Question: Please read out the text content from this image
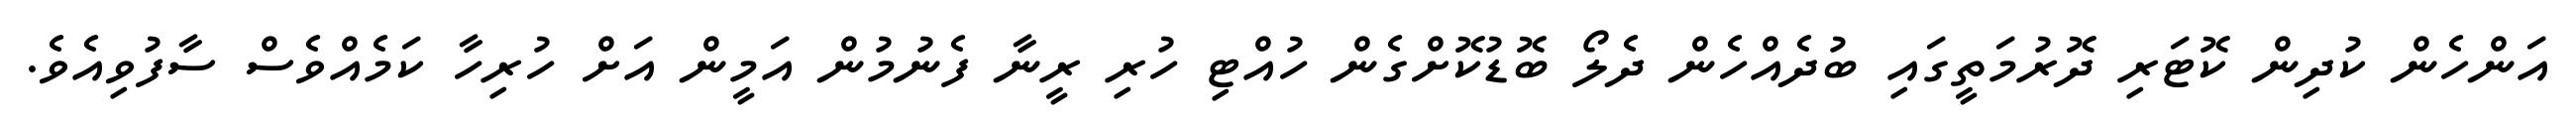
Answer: އަންހެން ކުދިން ކޮޓަރި ދޮރުމަތީގައި ބުދެއްހެން ދެލޯ ބޮޑުކޮށްގެން ހުއްޓި ހުރި ރީނާ ފެނުމުން އަމީން އަށް ހުރިހާ ކަމެއްވެސް ސާފުވިއެވެ.